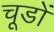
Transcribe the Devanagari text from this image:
चूडों